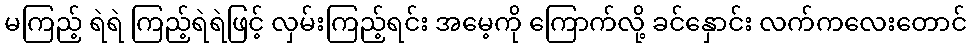
မကြည့် ရဲရဲ ကြည့်ရဲရဲဖြင့် လှမ်းကြည့်ရင်း အမေ့ကို ကြောက်လို့ ခင်နှောင်း လက်ကလေးတောင်